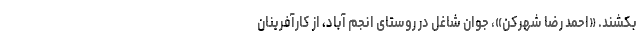
بکشند. «احمد رضا شهرکن»، جوان شاغل در روستای انجم آباد، از کارآفرینان